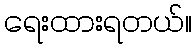
ရေးထားရတယ်။